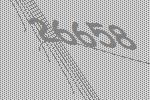
26658